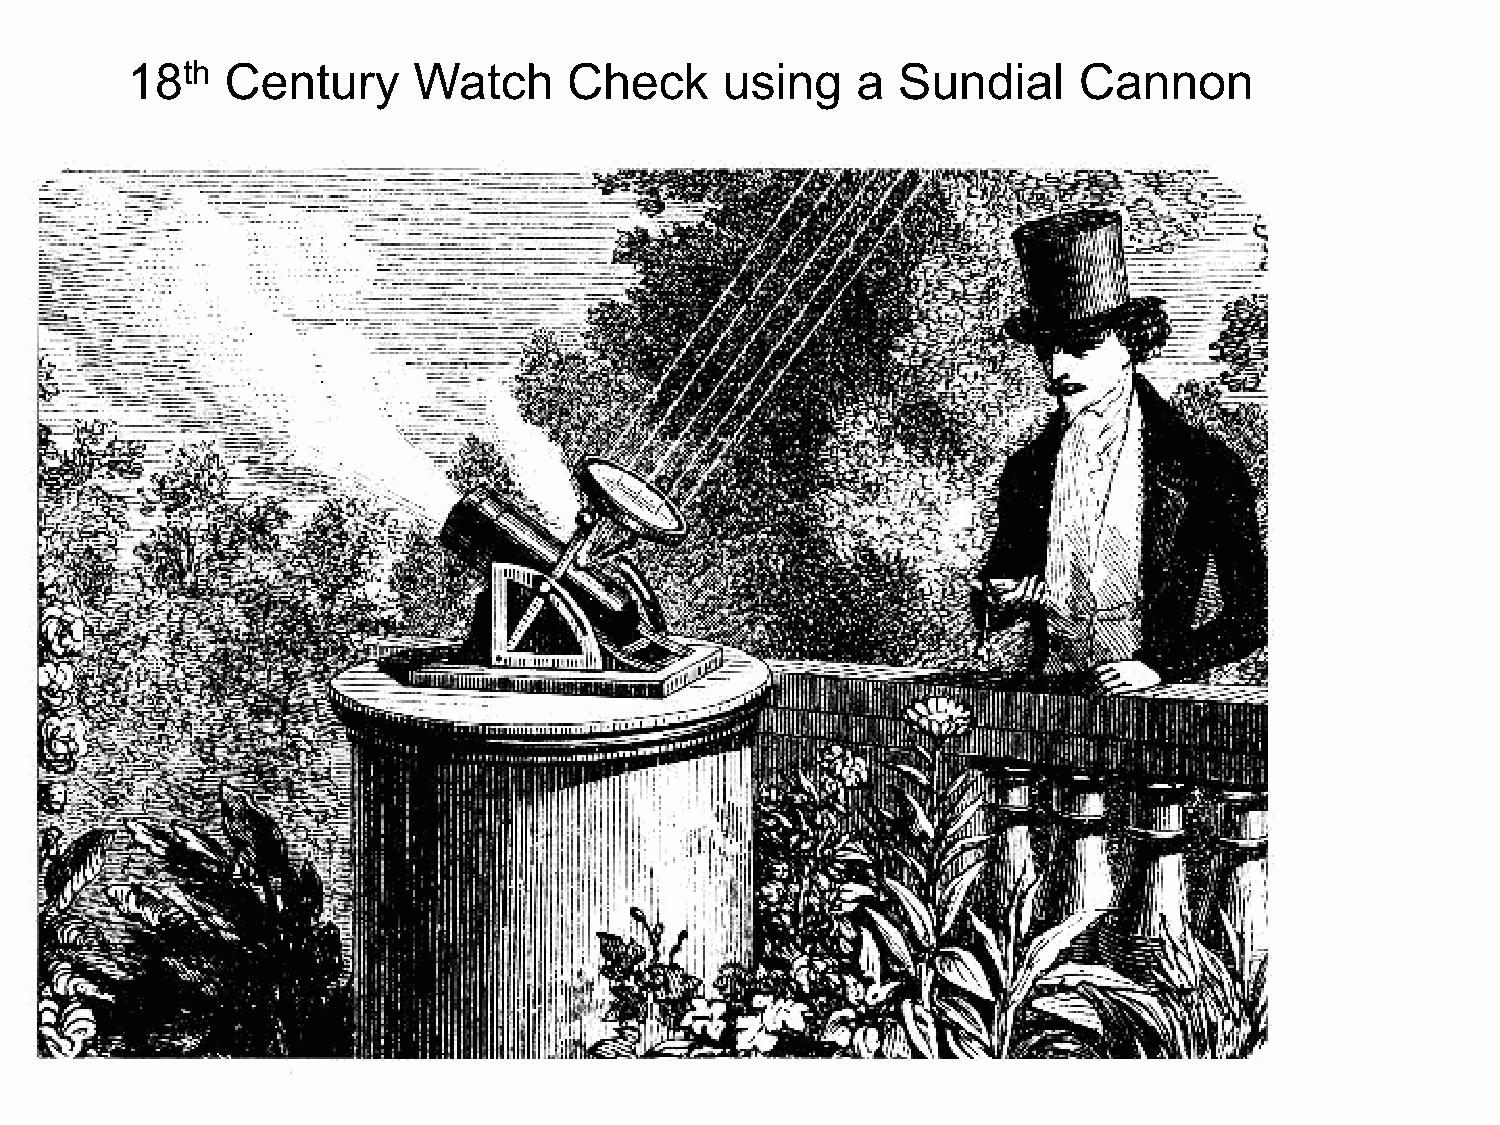
18th   Century     Watch      Check     using    a Sundial     Cannon